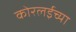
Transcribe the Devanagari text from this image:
कोरलईच्या